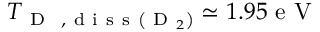
T _ { \mathrm { ~ D ~ } \mathrm { ~ , ~ d ~ i ~ s ~ s ~ } \left( \mathrm { ~ D ~ } _ { 2 } \right) } \simeq 1 . 9 5 \mathrm { ~ e ~ V ~ }